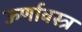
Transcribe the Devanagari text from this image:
ऊर्णावस्त्र